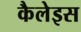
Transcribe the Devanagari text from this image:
कैलेइस